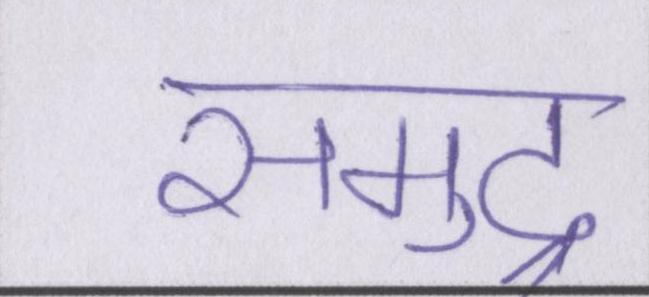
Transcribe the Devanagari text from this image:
समुद्र